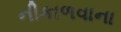
નીકાળવાના